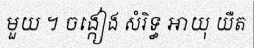
មួយ ។ ចង្កៀង សំរិទ្ធ អាយុ យឺត